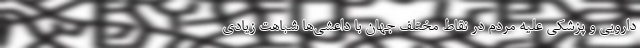
دارویی و پزشکی علیه مردم در نقاط مختلف جهان با داعشی‌ها شباهت زیادی